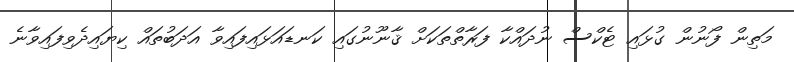
މަތިން ފޯނުން ގުޅައި ޓެކްސް ނުދައްކާ ފަރާތްތަކަށް ޤާނޫނުގައި ކަނޑައަޅައިފައިވާ އަދަބުތައް ކިޔައިދެވިފައިވާނެ